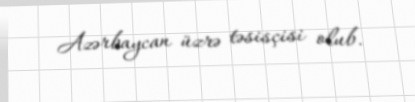
Azərbaycan üzrə təsisçisi olub.